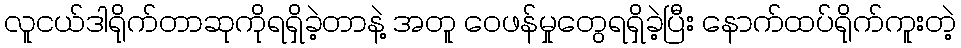
လူငယ်ဒါရိုက်တာဆုကိုရရှိခဲ့တာနဲ့ အတူ ဝေဖန်မှုတွေရရှိခဲ့ပြီး နောက်ထပ်ရိုက်ကူးတဲ့